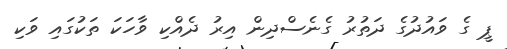
ޕީ ގެ ވައުދުގެ ދަތުރު ގެނެސްދިން އިރު ދެއްކި ވާހަކަ ތަކުގައި ވަކި